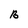
Character: B